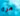
مرة